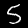
Label: 5